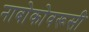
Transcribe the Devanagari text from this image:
नाबोकोवरूसी